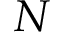
N